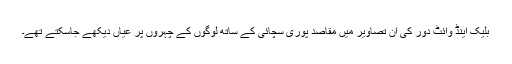
بلیک اینڈ وائٹ دور کی ان تصاویر میں مقاصد پوری سچائی کے ساتھ لوگوں کے چہروں پر عیاں دیکھے جاسکتے تھے۔